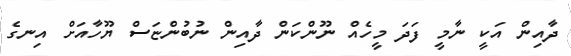
ދާއިން އަކީ ނާމީ ފަދަ މީހެއް ނޫންކަން ދާއިން ނުބުންޏަސް ޔޫހާއަށް އިނގެ